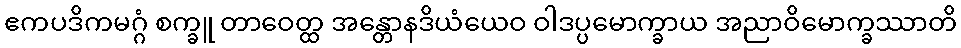
ဧကပဒိကမဂ္ဂံ စက္ခူ တာဝေတ္ထ အန္တောနဒိယံယေဝ ဝါဒပ္ပမောက္ခာယ အညာဝိမောက္ခဿာတိ